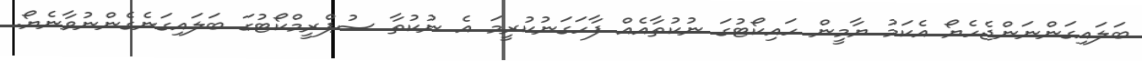
ބަލައިގަންނަންޖެހެޔޯ އެކަމު ޔާމީން ހައިކޯޓުގަ ނުކުތާއެއް ފާހަގަނުކުރީމަ އެ ނުކުތާ ސުޕްރީމްކޯޓުގަ ބަލައިގަނެގެންނުވާނެޔޯ.